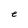
Character: e